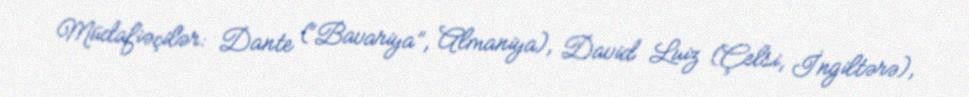
Müdafiəçilər: Dante (“Bavariya”, Almaniya), David Luiz (Çelsi, İngiltərə),